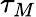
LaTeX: \tau_{M}